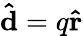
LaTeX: \mathbf{\hat{d}}=q\mathbf{\hat{r}}